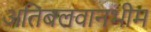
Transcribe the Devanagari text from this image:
अतिबलवानभीम